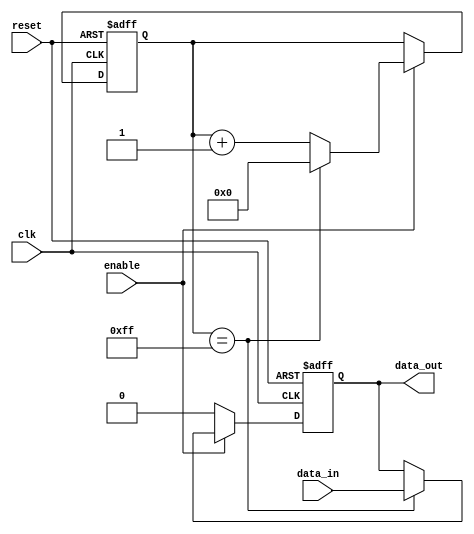
module RC_Delay (
    input wire clk,       // Clock signal
    input wire reset,     // Reset signal
    input wire enable,    // Enable signal
    input wire data_in,   // Input data signal
    output reg data_out   // Output data signal
);

reg [7:0] delay_counter; // Delay counter for controlling delay

always @(posedge clk or posedge reset) begin
    if (reset) begin
        delay_counter <= 8'b00000000; // Reset delay counter
        data_out <= 1'b0;            // Reset output data
    end else begin
        if (enable) begin
            if (delay_counter == 8'b11111111) begin
                data_out <= data_in;    // Output delayed data
                delay_counter <= 8'b00000000; // Reset delay counter
            end else begin
                delay_counter <= delay_counter + 1; // Increment delay counter
            end
        end else begin
            data_out <= 1'b0; // Output zero if not enabled
        end
    end
end

endmodule